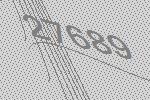
27689